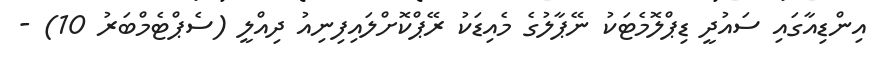
އިންޑިއާގައި ސައުދީ ޑިޕްލޮމެޓަކު ނޭޕާލުގެ މެއިޑަކު ރޭޕްކޮށްލައިފިނިއު ދިއްލީ (ސެޕްޓެމްބަރު 10) -